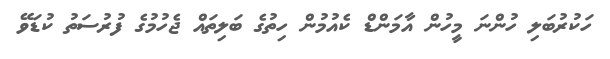
ހަކުރުބަލި ހުންނަ މީހުން އާމަންޑް ކެއުމުން ހިތުގެ ބަލިތައް ޖެހުމުގެ ފުރުސަތު ކުޑަވޭ